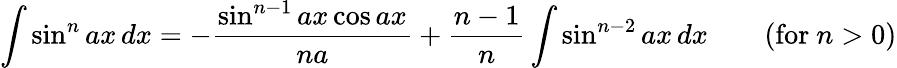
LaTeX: \int\sin^{n}{ax}\, dx=-{\frac{\sin^{n-1}ax\cos ax}{na}}+{\frac{n-1}{n}}\int\sin^{n-2}ax\, dx\qquad{\mathrm{(for~}}n>0{\mathrm{)}}